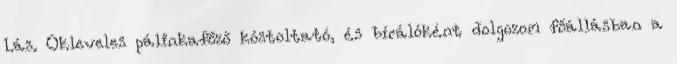
Lás. Okleveles pálinkafőző kóstoltató, és bírálóként dolgozom főállásban a